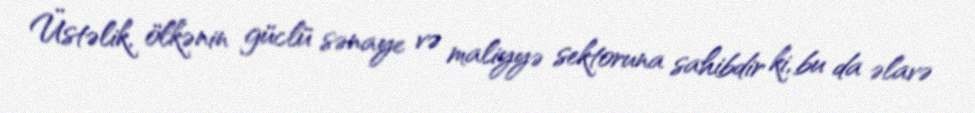
Üstəlik, ölkənin güclü sənaye və maliyyə sektoruna sahibdir ki, bu da əlavə